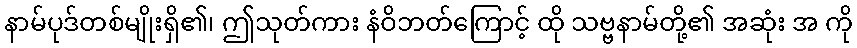
နာမ်ပုဒ်တစ်မျိုးရှိ၏၊ ဤသုတ်ကား နံဝိဘတ်ကြောင့် ထို သဗ္ဗနာမ်တို့၏ အဆုံး အ ကို